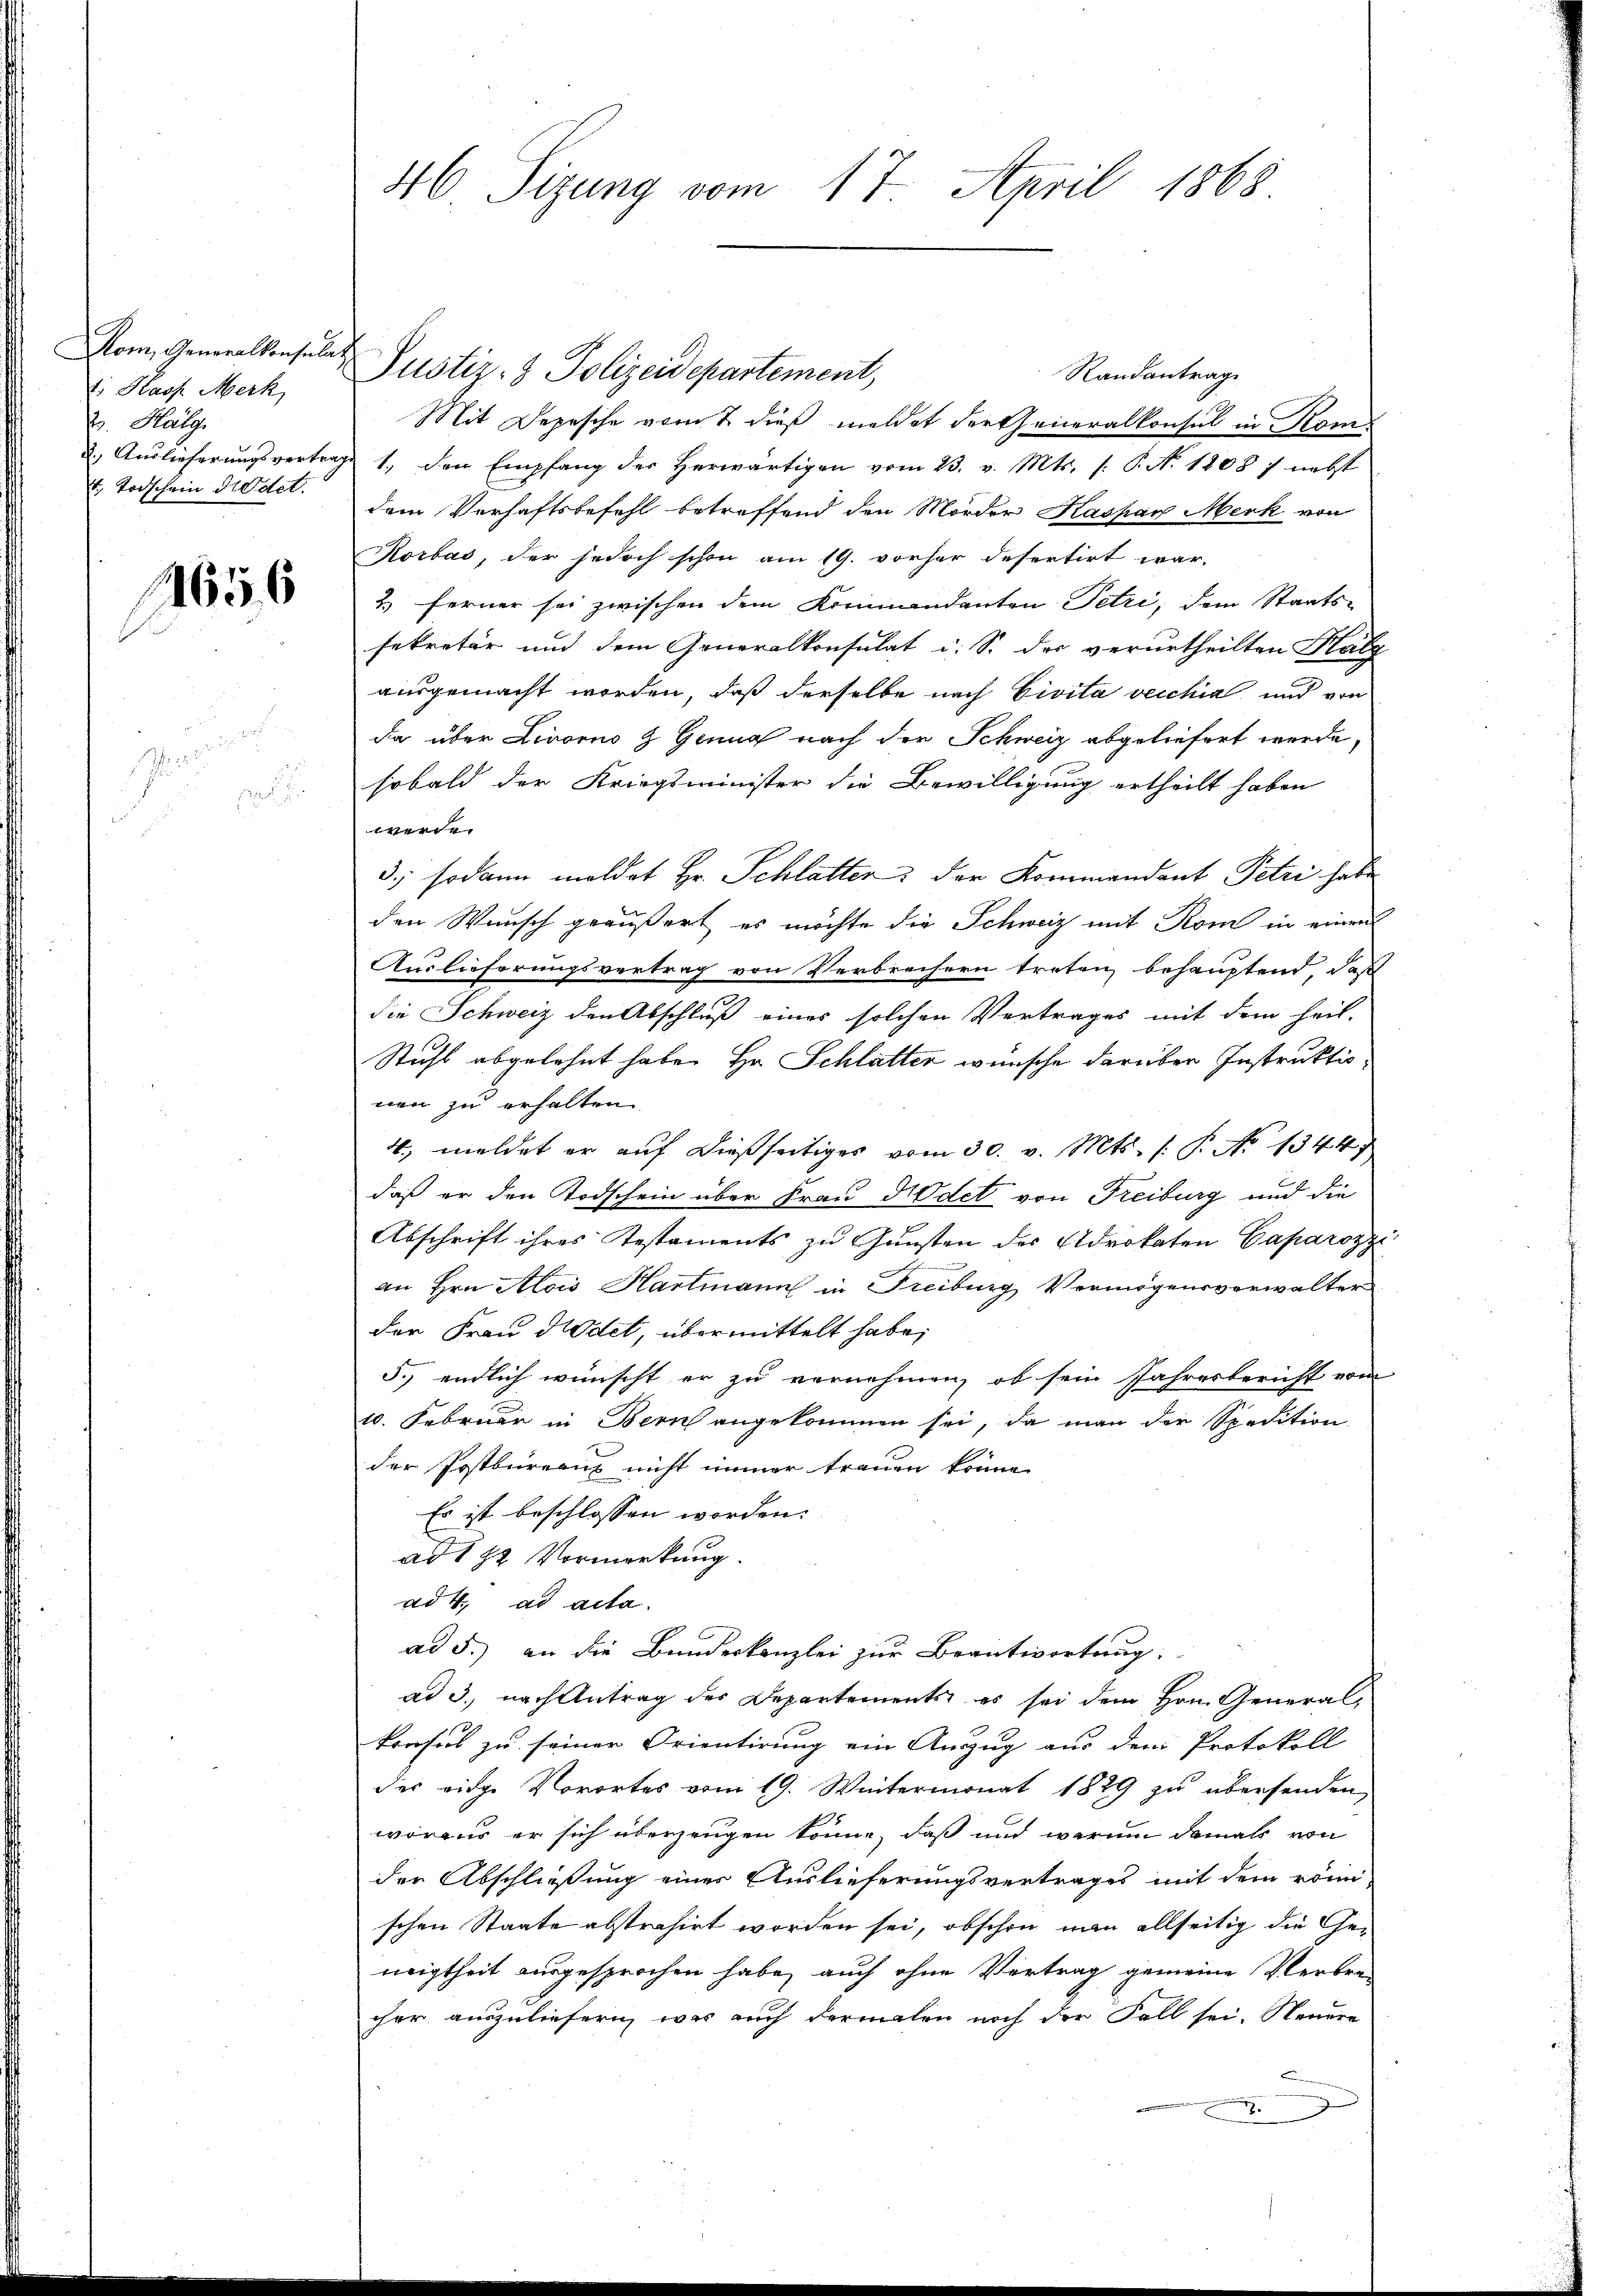
Dom, Generalkonsula
1. Hass Merk
2. Halg
1. Todschein Kadet.

1656

46 Sizung vom 17. April 1868

h
Justiz- & Polizeidepartement,
Randantrag
Mit Depesche vernt dieß meldet der Generalkonsul in Kon¬
. Aŭslieferŭngsvertrage 1., den Empfang der herwärtigen vom 23. v. Mts. 1. P. N. 1808 ) nebst
dem Verhaftsbefehl betreffend den Mörder Kaspar Merk von
Korbas, der jedoch schon am 19. vorher desertirt war.
2) ferner sei zwischen dem Kommandanten Petri, dem Staatssekretär und dem Generalkonsulat i. S. der verurtheilten Palg
ausgemacht worden, daß derselbe nach Civita vecchia und von
da über Livorno z. Genua nach der Schweiz abgeliefert werde,
sobald der Kriegsminister die Bewilligung ertheilt haben
werde.
3; sodann meldet Hr. Schlatter der Kommendant Petri habe
den Wunsch geäußert, es möchte die Schweiz mit Rom in einen
Auslieferungsvertrag von Verbrechern treten behauptend, daß
die Schweiz den Abschluß eines solchen Vertrages mit dem heil-
Stuhl abgelehnt habe. Hr. Schlatter wünsche darüber Instruktio
nen zu erhalten.
4., meldet er auf dießseitiges vom 30. v. Mts. (: P. No 1344
daß er den Todschein über Frau Nodet von Freiburg und die
Abschrift ihres Testaments zu Gunsten des Advokaten Caparozz
an Hrn. Alois Hartmann in Freiburg Vermögensverwalter
der Frau Niedet, übermittelt habe;
5.) endlich wünscht er zu vernehmen, ob sein Jahresbericht vom
10. Februar in Bern angekommen sei, da man der Spedition
der Postbureaux nicht immer trauen könne.
Es ist beschlossen worden.
ad 112 Vormerkung.
ad 4. ad acta.
ad 5.) an die Bandeskanzlei zur Beantwortung:
ad 3., nach Antrag der Departements, es sei dem Hrn. General¬
Profes zu seiner Orientirung ein Anzug aus dem Protokoll
des eige Vorortes vom 19. Wintermonat 1829 zu übersenden,
woraus er sich überzeugen könne, daß und warum damals von
der Abschließung einer Auslieferungsvertrages mit dem römi-
schen Staate abstrahirt worden sei, obschon man allseitig die Genigtheit ausgesprochen habe, auch ohne Vertrag gemeine Verbre-
cher auszuliefern, wir auch dermalen noch der Fall sei. Neuere
.